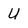
Character: U